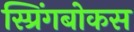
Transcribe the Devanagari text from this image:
स्प्रिंगबोकस